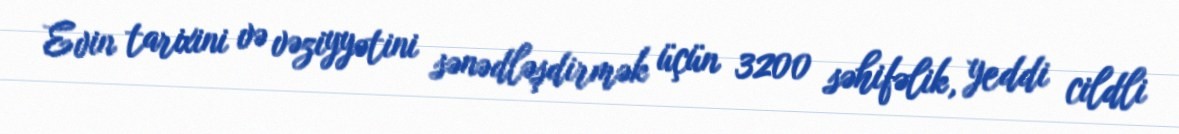
Evin tarixini və vəziyyətini sənədləşdirmək üçün 3200 səhifəlik, yeddi cildli